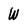
Character: w